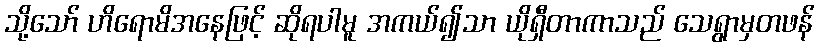
သို့သော် ဟိရောမိအနေဖြင့် ဆိုရပါမူ အကယ်၍သာ ယိုရှီတာကာသည် သေရွာမှတဖန်